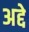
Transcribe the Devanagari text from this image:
अद्दे